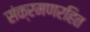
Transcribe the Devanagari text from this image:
संक्रमणरहित